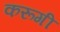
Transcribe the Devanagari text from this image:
करूगी